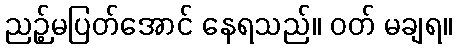
ညဉ့်မပြတ်အောင် နေရသည်။ ဝတ် မချရ။